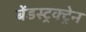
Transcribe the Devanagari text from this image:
बेंडस्ट्रक्ट्रेन